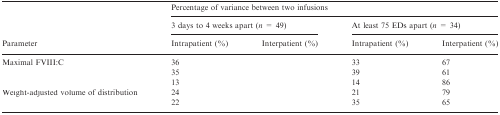
<table><thead><tr><td>[EMPTY_CELL]</td><td colspan="4"><b>Percentage of variance between two infusions</b></td></tr><tr><td>[EMPTY_CELL]</td><td colspan="2"><b>3 days to 4 weeks apart (<i>n</i> = 49)</b></td><td colspan="2"><b>At least 75 EDs apart (<i>n</i> = 34)</b></td></tr><tr><td><b>Parameter</b></td><td><b>Intrapatient (%)</b></td><td><b>Interpatient (%)</b></td><td><b>Intrapatient (%)</b></td><td><b>Interpatient (%)</b></td></tr></thead><tbody><tr><td>Maximal FVIII:C</td><td>36</td><td>[EMPTY_CELL]</td><td>33</td><td>67</td></tr><tr><td>[EMPTY_CELL]</td><td>35</td><td>[EMPTY_CELL]</td><td>39</td><td>61</td></tr><tr><td>[EMPTY_CELL]</td><td>13</td><td>[EMPTY_CELL]</td><td>14</td><td>86</td></tr><tr><td>Weight-adjusted volume of distribution</td><td>24</td><td>[EMPTY_CELL]</td><td>21</td><td>79</td></tr><tr><td>[EMPTY_CELL]</td><td>22</td><td>[EMPTY_CELL]</td><td>35</td><td>65</td></tr></tbody></table>